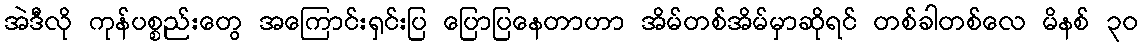
အဲဒီလို ကုန်ပစ္စည်းတွေ အကြောင်းရှင်းပြ ပြောပြနေတာဟာ အိမ်တစ်အိမ်မှာဆိုရင် တစ်ခါတစ်လေ မိနစ် ၃၀